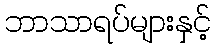
ဘာသာရပ်များနှင့်